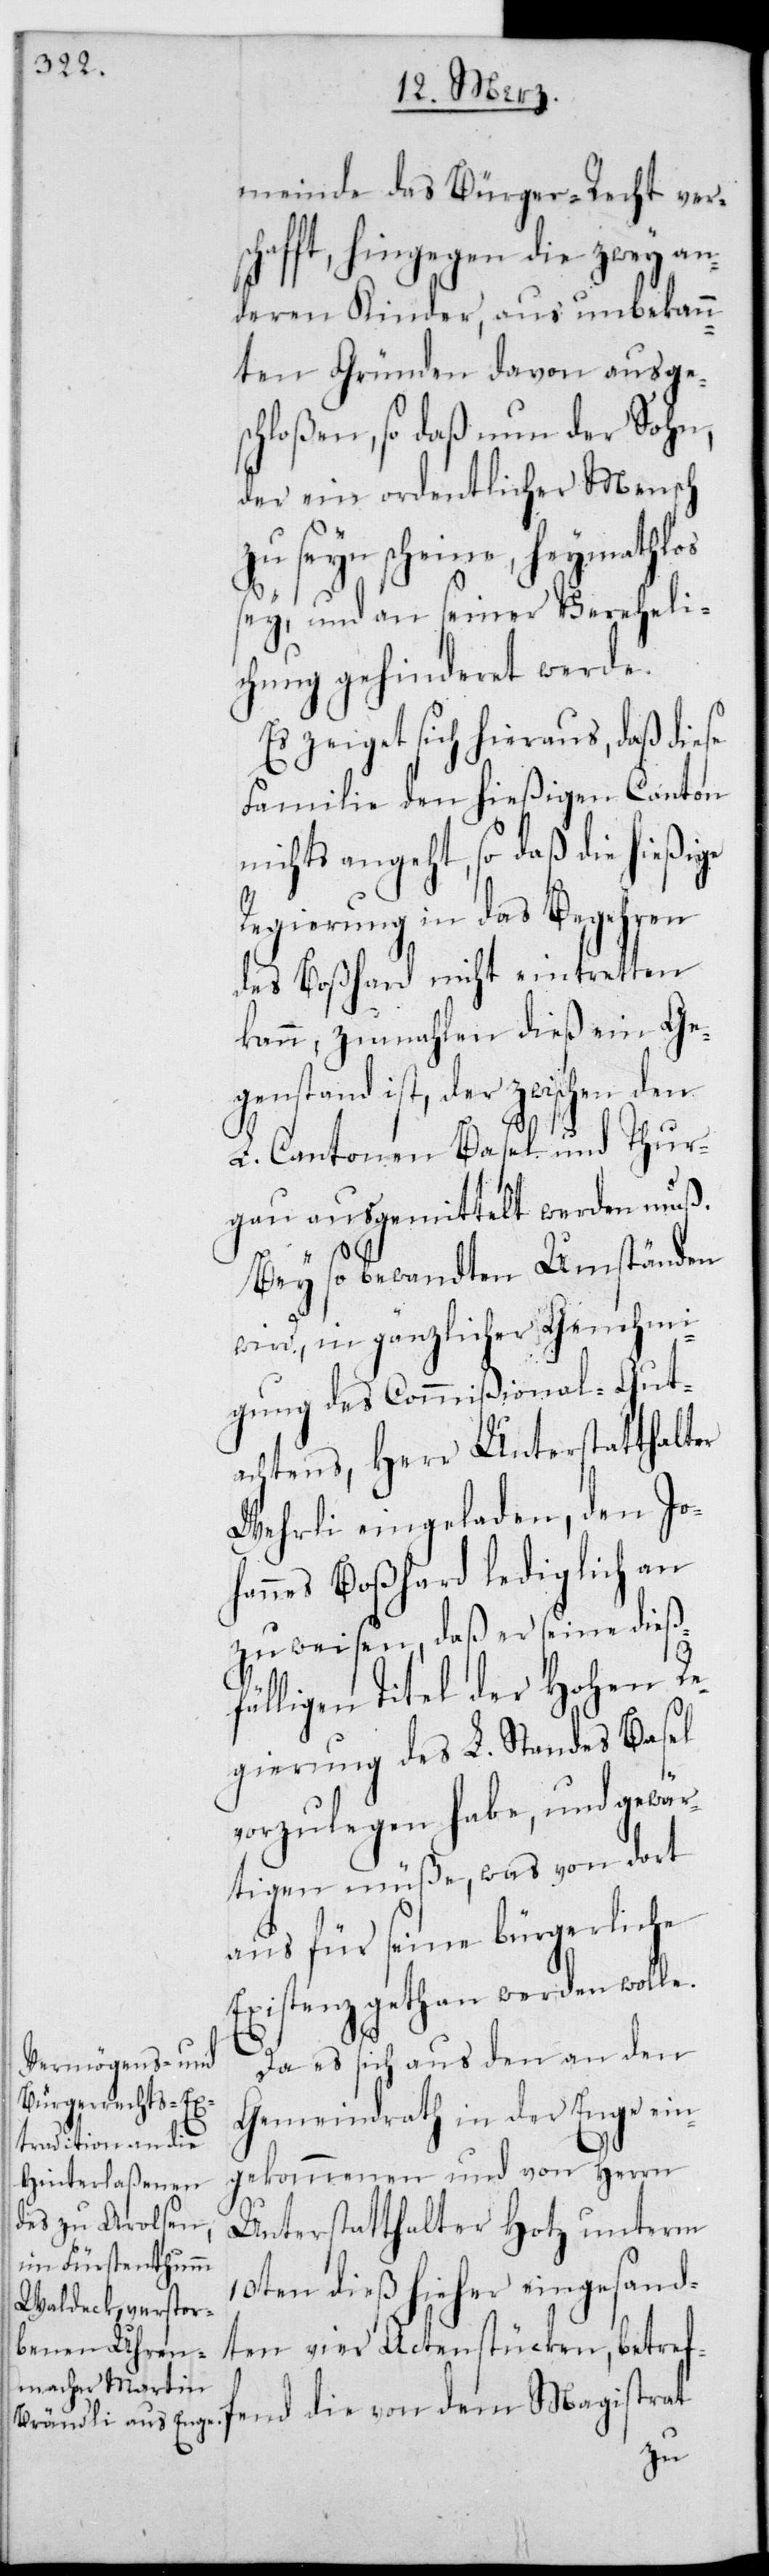
meinde das Bürger-Recht vers¬
chafft, hingegen die zwey an¬
deren Kinder, aus unbekann¬
ten Gründen davon ausges¬
chloßen, so daß nun der Sohn,
der ein ordentlicher Mensch
zu seyn scheine, heymathlos
sey und an seiner Vereheli¬
chung gehinderet werde.
Es zeiget sich hieraus, daß diese
Familie den hießigen Canton
nichts angeht, so daß die hießige
Regierung in das Begehren
des Boßhard nicht eintretten
kann, zumahlen dieß ein Geg¬
enstand ist, der zwischen den
L. Cantonen Basel und Thur¬
gau ausgemittelt werden muß.
Bey so bewandten Umständen
wird, in gänzlicher Genehmi¬
gung des Commißional-Gut¬
achtens, Herr Unterstatthalter
Wehrli eingeladen, den Jo¬
hannes Boßhard lediglich an¬
zuweisen, daß er seine dieß¬
fälligen Titel der Hohen Re¬
gierung des L. Standes Basel
vorzulegen habe, und gewär¬
tigen müße, was von dort
aus für seine bürgerliche
Existenz gethan werden woll¬
Da es sich aus den an den
Gemeindrath in der Enge ein¬
gekommenen und von Herrn
Unterstatthalter Hotz unterm
10ten dieß hieher eingesand¬
ten vier Actenstücken, betref¬
fend